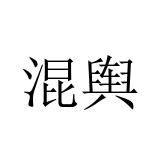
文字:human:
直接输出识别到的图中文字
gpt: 混舆